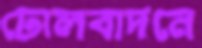
ঢোলবাদনে